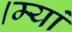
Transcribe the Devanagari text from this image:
।म्यां